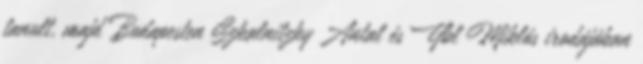
tanult, majd Budapesten Szkalnitzky Antal és Ybl Miklós irodájában